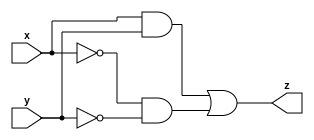
module comparator  // logic function name
    (
        input x,  // input port
        input y,
        output z  // output port
    );

    wire x_, y_, p, q;  // internal wires

    not (x_, x);    // gate(output, input)
    not (y_, y);
    and (p, x, y);
    and (q, x_, y_);
    or (z, p, q);

endmodule